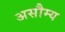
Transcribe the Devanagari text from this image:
असौम्य